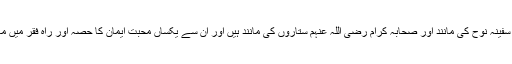
اہلِ بیت علیہم السلام سفینہ نوح کی مانند اور صحابہ کرام رضی اللہ عنہم ستاروں کی مانند ہیں اور اُن سے یکساں محبت ایمان کا حصہ اور راہِ فقر میں معاون و مدد گار ہے۔